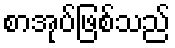
စာအုပ်ဖြစ်သည်